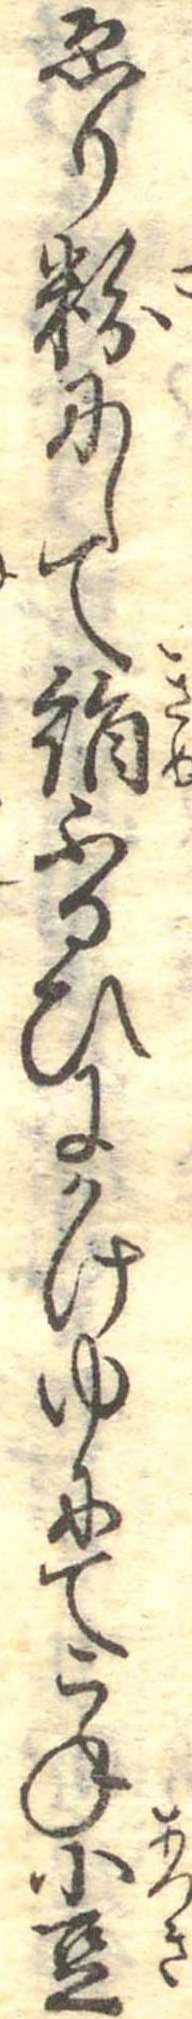
ゑり粉にして絹ふるひにかけゆにてこね小豆